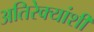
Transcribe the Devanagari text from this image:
अतिरेक्यांशी